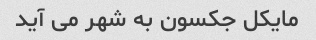
مایکل جکسون به شهر می آید